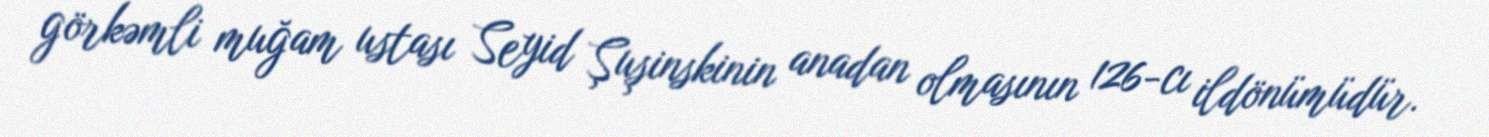
görkəmli muğam ustası Seyid Şuşinskinin anadan olmasının 126-cı ildönümüdür.